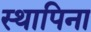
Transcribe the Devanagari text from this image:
स्थापिना